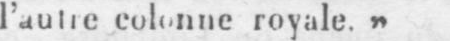
l’autre colonne royale.»